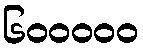
၆၀၀၀၀၀